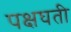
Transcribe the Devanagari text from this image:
पक्षघती